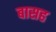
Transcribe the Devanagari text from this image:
बासह